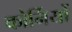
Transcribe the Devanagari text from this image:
कोर्नियों